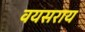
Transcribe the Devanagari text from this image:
वयसराय